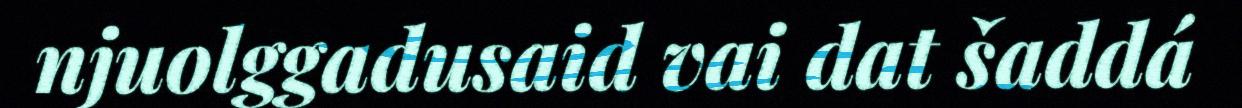
njuolggadusaid vai dat šaddá